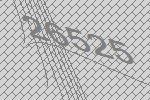
26525